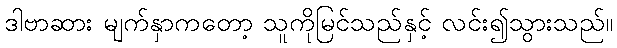
ဒါဗာဆား မျက်နှာကတော့ သူကိုမြင်သည်နှင့် လင်း၍သွားသည်။